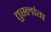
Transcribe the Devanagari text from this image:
तुस्‍लांग